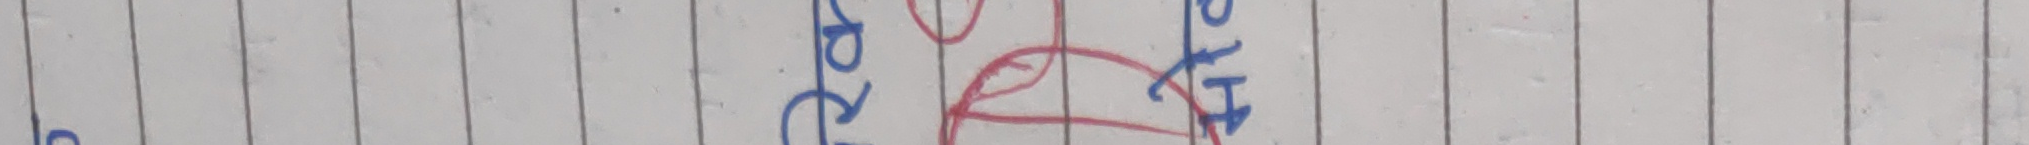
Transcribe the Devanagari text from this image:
हेट्‌स